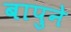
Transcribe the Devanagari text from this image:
बापुने